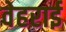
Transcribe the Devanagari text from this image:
वेहराई